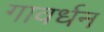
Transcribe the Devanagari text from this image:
गावर्धन